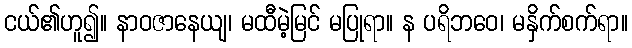
ငယ်၏ဟူ၍။ နာဝဇာနေယျ၊ မထီမဲ့မြင် မပြုရာ။ န ပရိဘဝေ၊ မနှိက်စက်ရာ။